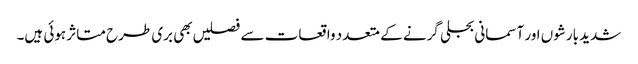
شدید بارشوں اور آسمانی بجلی گرنے کے متعدد واقعات سے فصلیں بھی بری طرح متاثر ہوئی ہیں۔